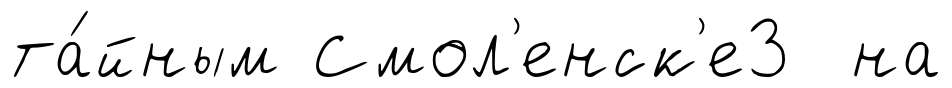
та́йным Смол'енск'е3 на